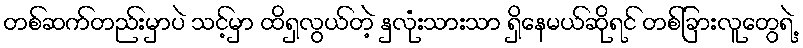
တစ်ဆက်တည်းမှာပဲ သင့်မှာ ထိရှလွယ်တဲ့ နှလုံးသားသာ ရှိနေမယ်ဆိုရင် တစ်ခြားလူတွေရဲ့